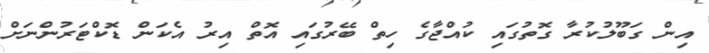
އިން ގަބޫލުކުރާ ގޮތުގައި ކުއްޖާގެ ހިތް ބޭރުގައި އޮތް އިރު އެކަން ޑޮކްޓަރުންނަށް